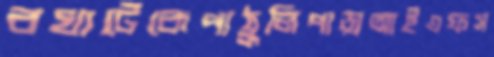
বখাটেকেপাঠুলিপাড়াআইএফস